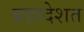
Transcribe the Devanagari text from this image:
ब्रहादेशत